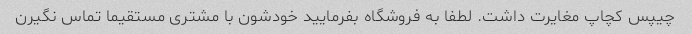
چیپس کچاپ مغایرت داشت. لطفا به فروشگاه بفرمایید خودشون با مشتری مستقیما تماس نگیرن